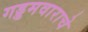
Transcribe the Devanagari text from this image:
गड्डमवाराचे